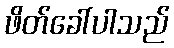
ဖိတ်ခေါ်ပါသည်